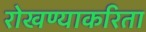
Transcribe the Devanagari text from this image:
रोखण्याकरिता